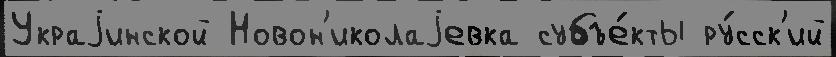
Украjинской Новон'иколаjевка субъе́кты ру́сск'ий